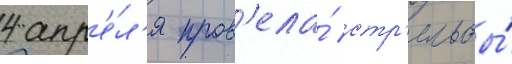
4 апр'е́л'я пров'ела́ стр'ельбы́